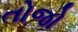
તોજો